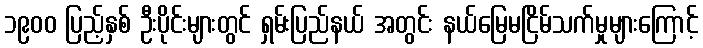
၁၉၀၀ ပြည့်နှစ် ဦးပိုင်းများတွင် ရှမ်းပြည်နယ် အတွင်း နယ်မြေမငြိမ်သက်မှုများကြောင့်